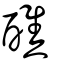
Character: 醮